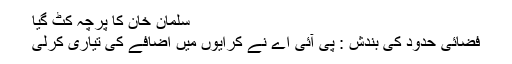
سلمان خان کا پرچہ کٹ گیا
فضائی حدود کی بندش : پی آئی اے نے کرایوں میں اضافے کی تیاری کرلی